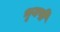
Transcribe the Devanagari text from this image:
भूयषी